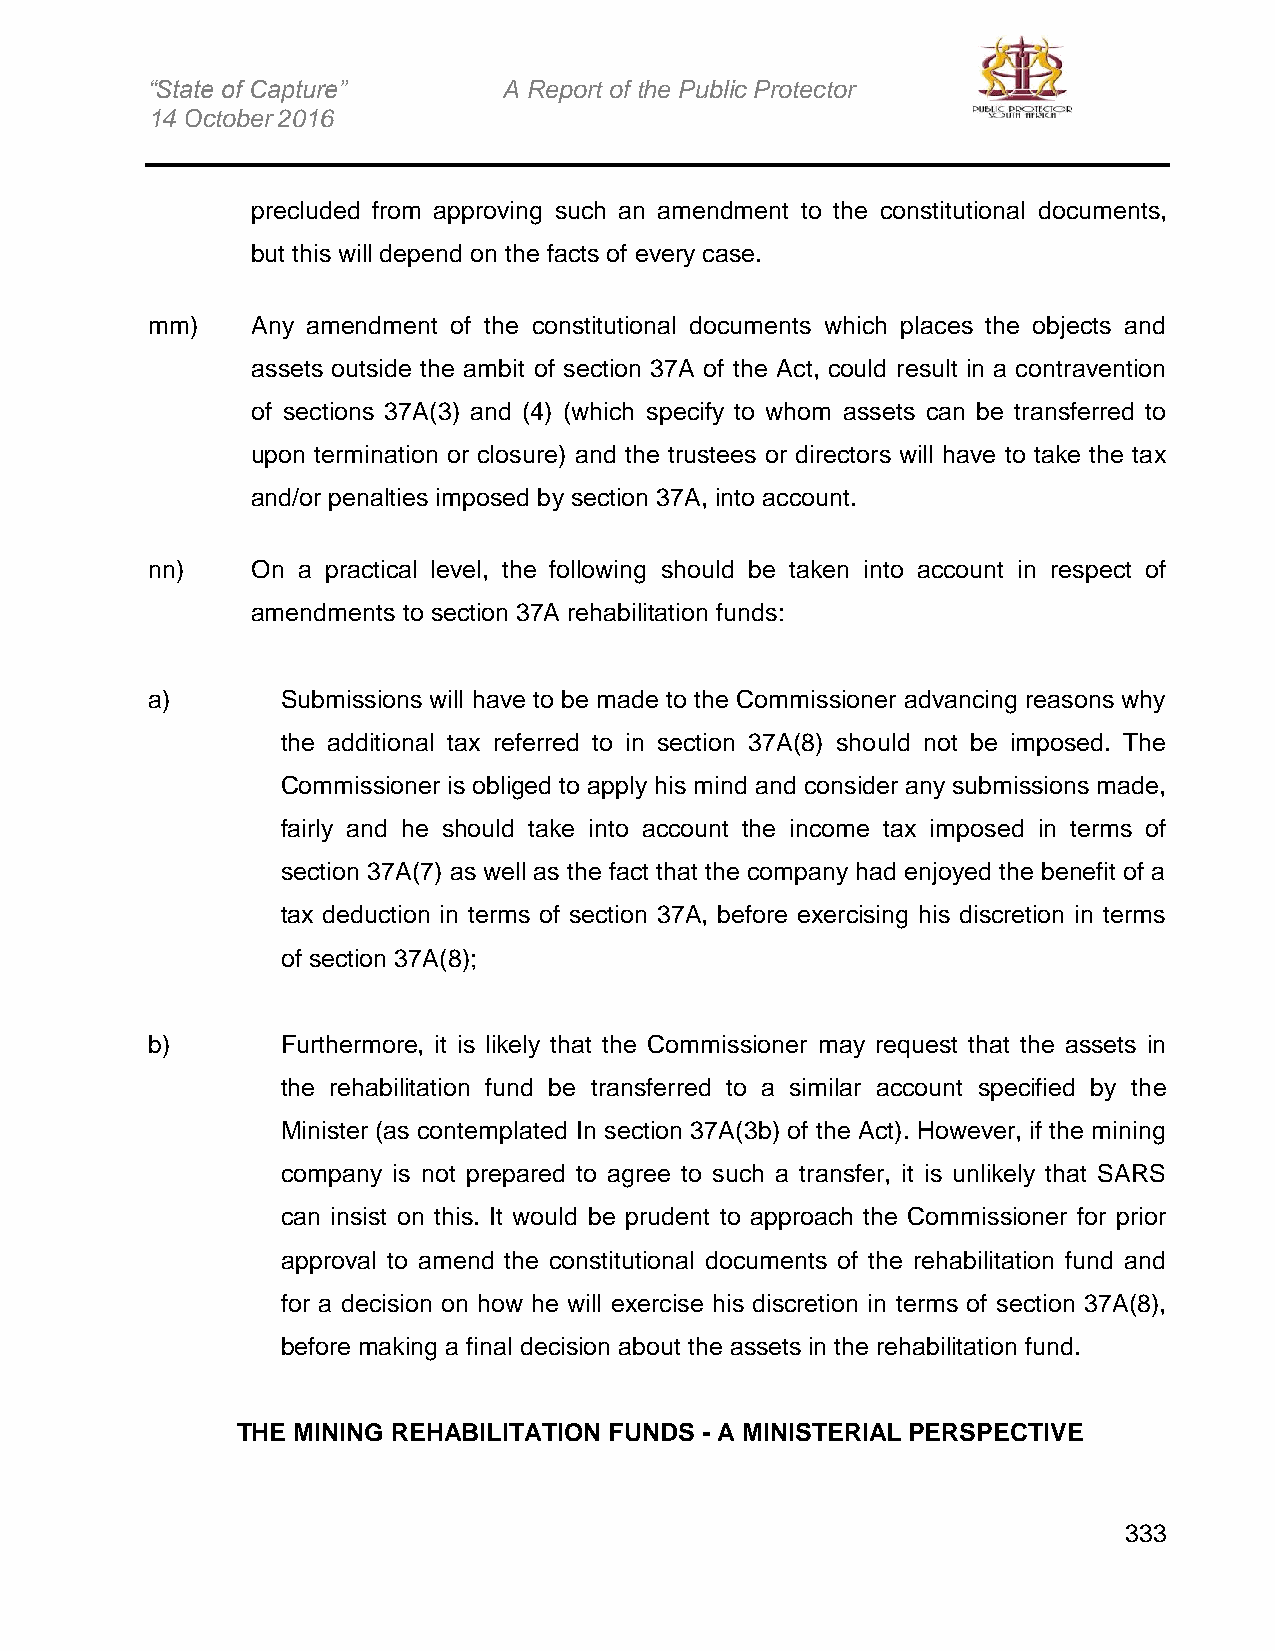
“State of Capture”     A Report of the Public Protector
 14 October 2016
 precluded from approving such an amendment to the constitutional documents,
 but this will depend on the facts of every case.
 mm)    Any amendment of the constitutional documents which places the objects and
 assets outside the ambit of section 37A of the Act, could result in a contravention
 of sections 37A(3) and (4) (which specify to whom assets can be transferred to
 upon termination or closure) and the trustees or directors will have to take the tax
 and/or penalties imposed by section 37A, into account.
 nn)    On a practical level, the following should be taken into account in respect of
 amendments to section 37A rehabilitation funds:
 a)       Submissions will have to be made to the Commissioner advancing reasons why
 the additional tax referred to in section 37A(8) should not be imposed. The
 Commissioner is obliged to apply his mind and consider any submissions made,
 fairly and he should take into account the income tax imposed in terms of
 section 37A(7) as well as the fact that the company had enjoyed the benefit of a
 tax deduction in terms of section 37A, before exercising his discretion in terms
 of section 37A(8);
 b)       Furthermore, it is likely that the Commissioner may request that the assets in
 the rehabilitation fund be transferred to a similar account specified by the
 Minister (as contemplated In section 37A(3b) of the Act). However, if the mining
 company is not prepared to agree to such a transfer, it is unlikely that SARS
 can insist on this. It would be prudent to approach the Commissioner for prior
 approval to amend the constitutional documents of the rehabilitation fund and
 for a decision on how he will exercise his discretion in terms of section 37A(8),
 before making a final decision about the assets in the rehabilitation fund.
 THE MINING REHABILITATION FUNDS - A MINISTERIAL PERSPECTIVE
 333